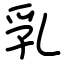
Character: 乳